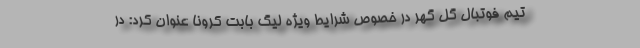
تیم فوتبال گل گهر در خصوص شرایط ویژه لیگ بابت کرونا عنوان کرد: در